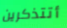
أتتذكرين